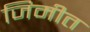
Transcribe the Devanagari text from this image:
जिमीत